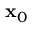
\mathbf { x } _ { 0 }